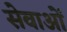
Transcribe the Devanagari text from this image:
सेवाओंं